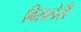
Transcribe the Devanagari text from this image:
बिसलेरी